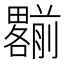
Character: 𠠩